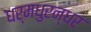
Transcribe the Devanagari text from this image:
धर्मधुरन्धर